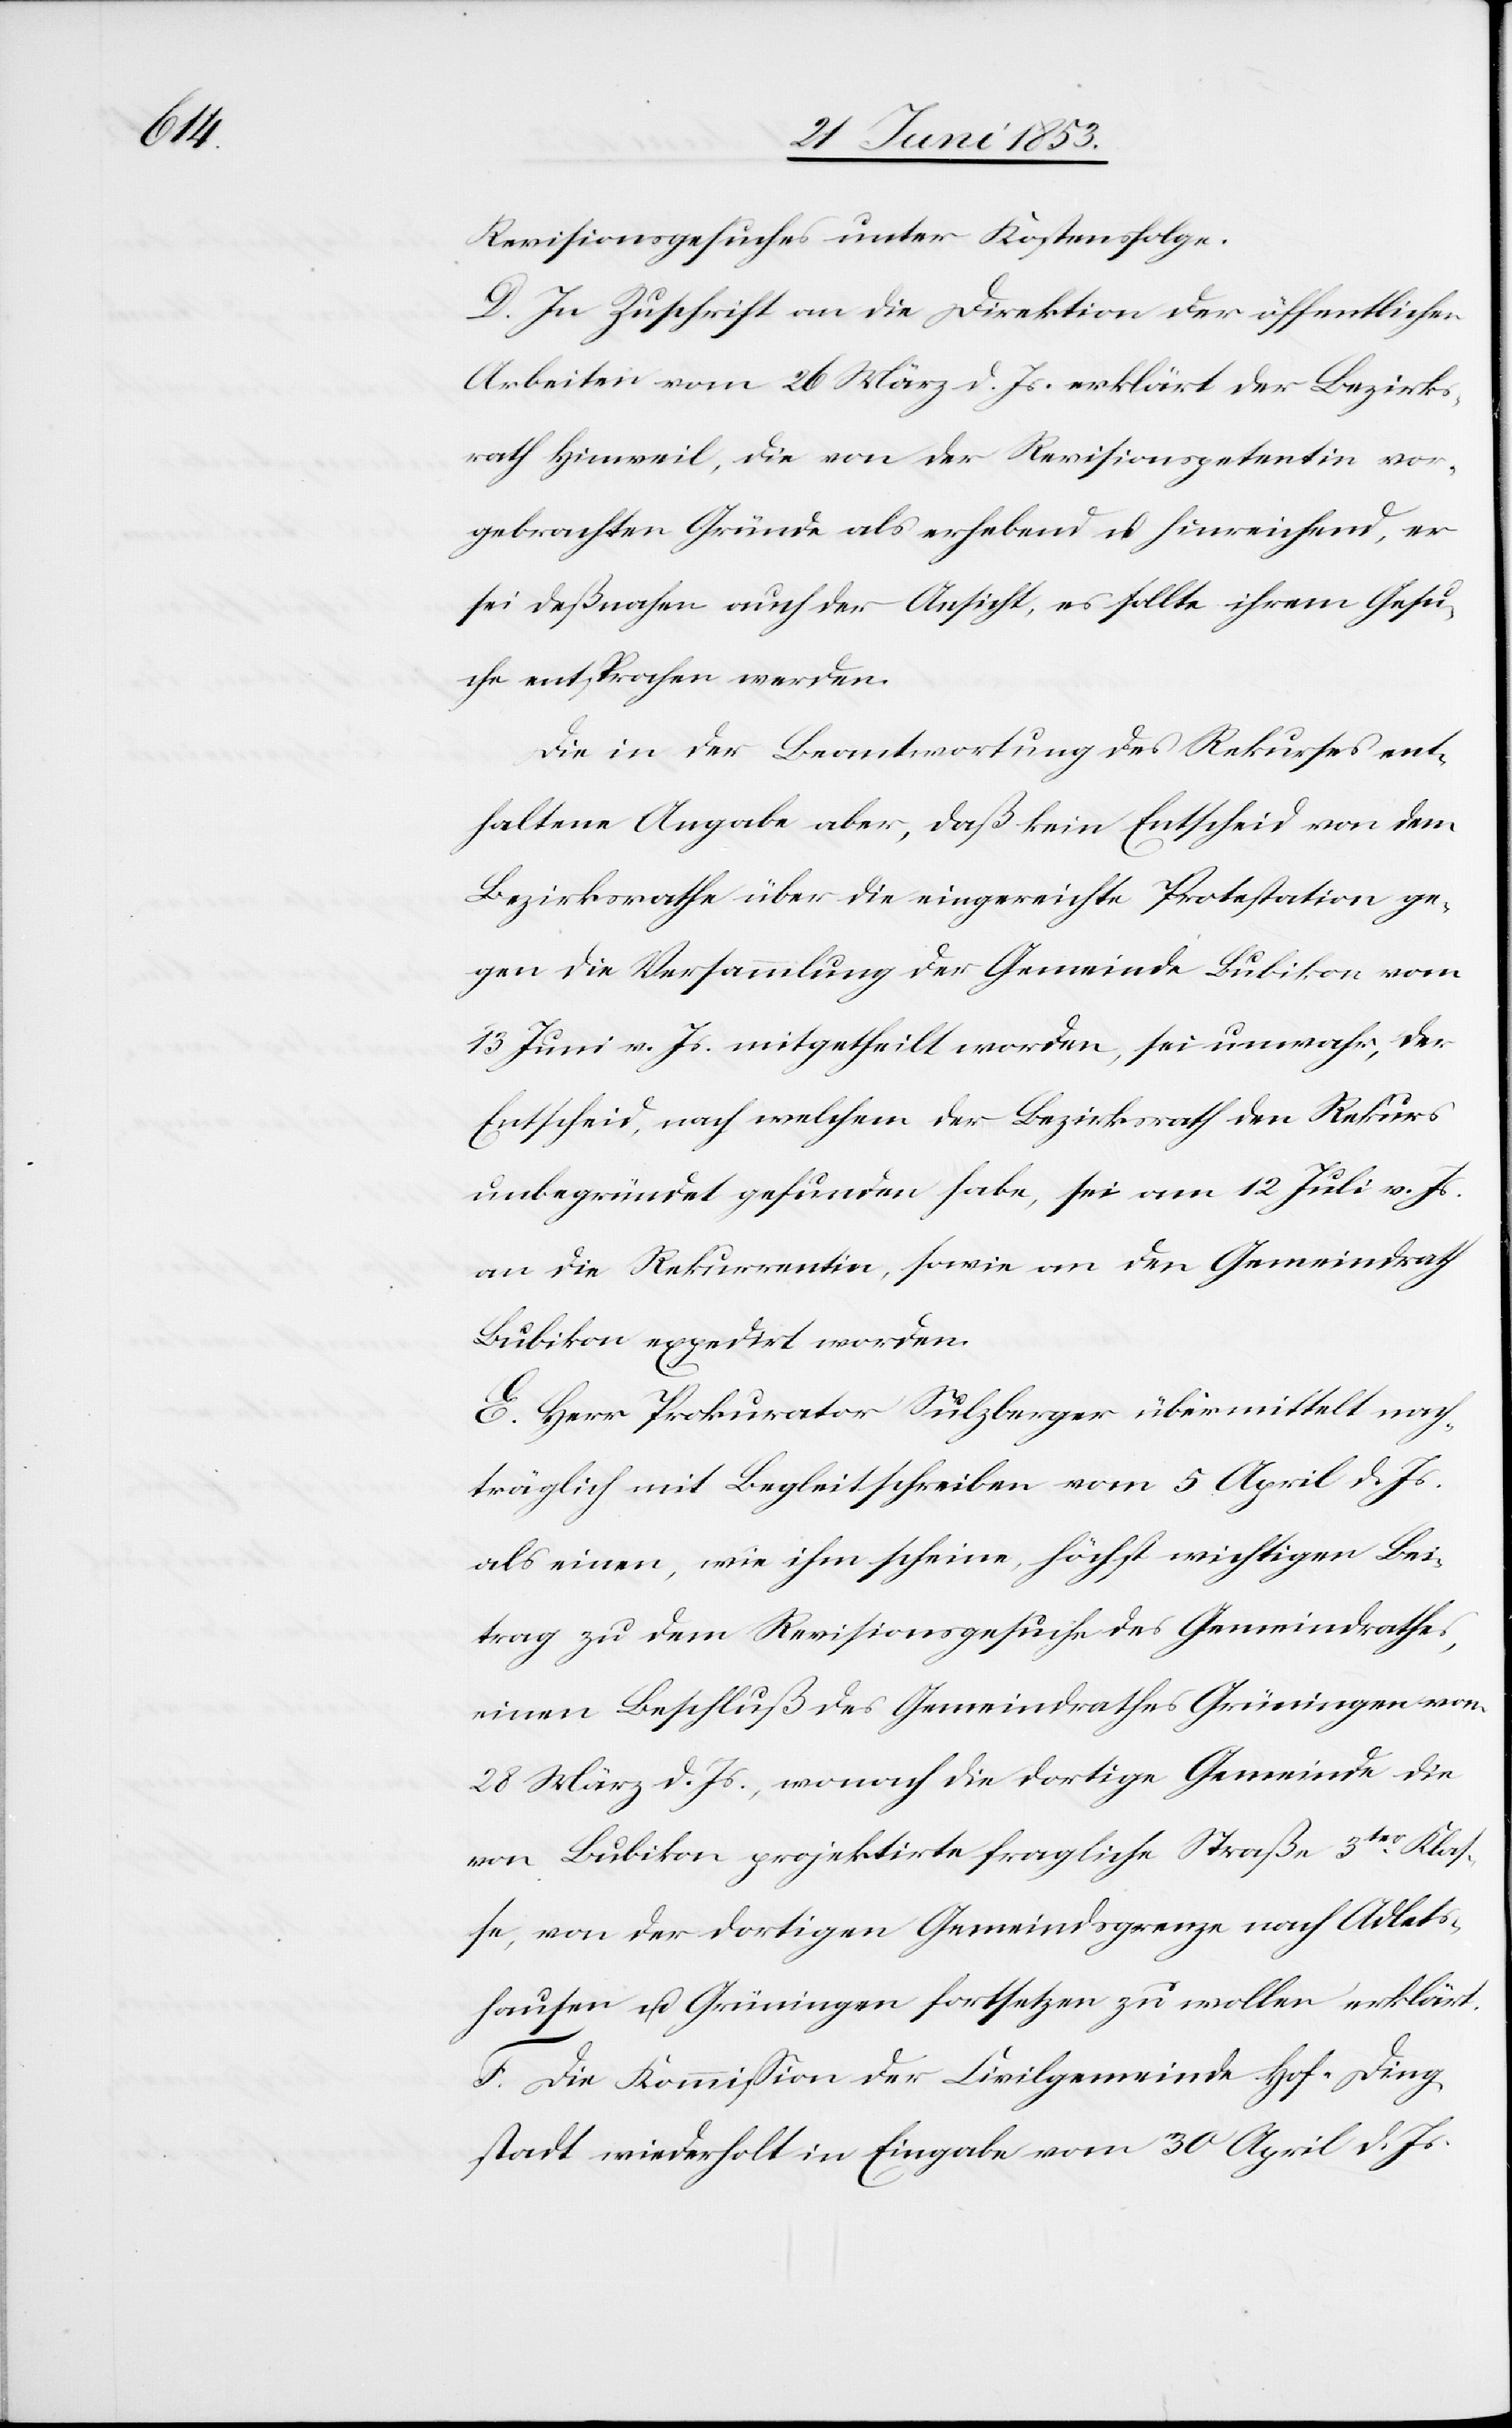
Revisionsgesuches unter Kostenfolge.
D. In Zuschrift an die Direktion der öffentlichen
Arbeiten vom 26 März d. Js. erklärt der Bezirks¬
rath Hinweil, die von der Revisionspetentin vor¬
gebrachten Gründe als erhebend u. hinreichend, er
sei deßnahen auch der Ansicht, es sollte ihrem Gesu¬
che entsprochen werden.
Die in der Beantwortung des Rekurses ent¬
haltene Angabe aber, daß kein Entscheid von dem
Bezirksrathe über die eingereichte Protestation ge¬
gen die Versammlung der Gemeinde Bubikon vom
13 Juni v. Js. mitgetheilt worden, sei unwahr, der
Entscheid, nach welchem der Bezirksrath den Rekurs
unbegründet gefunden habe, sei am 12 Juli v. Js.
an die Rekurrentin, sowie an den Gemeindrath
Bubikon expedirt worden.
E. Herr Prokurator Sulzberger übermittelt nach¬
träglich mit Begleitschreiben vom 5 April d. Js.
als einen, wie ihm scheine, höchst wichtigen Bei¬
trag zu dem Revisionsgesuche des Gemeindrathes,
einen Beschluß des Gemeindrathes Grüningen vom
28 März d. Js., wonach die dortige Gemeinde die
von Bubikon projektirte fragliche Straße 3ter. Klas¬
se, von der dortigen Gemeindsgrenze nach Adlets¬
hausen u. Grüningen fortzusetzen zu wollen erklärt.
F. Die Kommißion der Civilgemeinde Hof-Ding¬
stadt wiederholt in Eingabe vom 30 April d. Js.